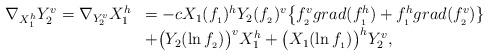
LaTeX: \begin{align*} \begin{array}{rl} \hskip 0.3cm\nabla _{X_1^h}Y_2^{v}= \nabla _{Y_2^v}X_1^{h}&=-cX_1(f_{_{1}})^hY_{2}(f_{_{2}})^v\big\{f_{_2}^vgrad(f_{_{1}}^h) +f_{_{1}}^hgrad(f_{_{2}}^v)\}\\&+\big(Y_2(\ln f_{_{2}})\big)^vX_1^h+\big(X_1(\ln f_{_{1}})\big)^hY_2^v, \end{array} \end{align*}